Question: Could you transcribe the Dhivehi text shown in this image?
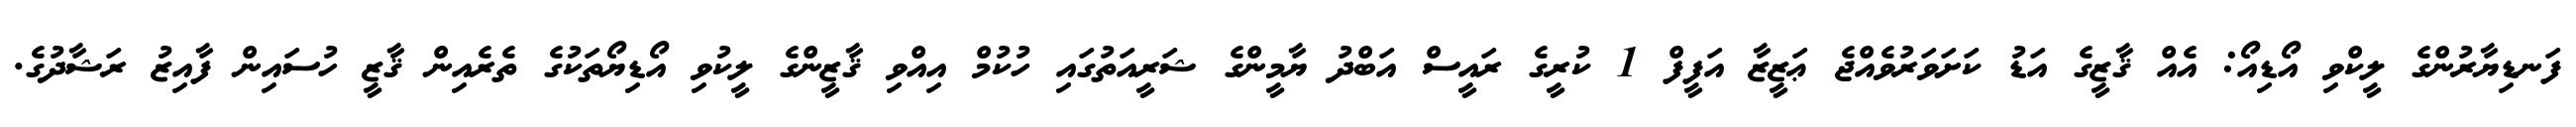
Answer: ފަނޑިޔާރުންގެ ލީކްވި އޯޑިއޯ: އެއް ޤާޒީގެ އަޑު ކަށަވަރުވެއްޖެ ޢަޒީޒާ އަފީފް 1 ކުރީގެ ރައީސް އަބްދު ޔާމީންގެ ޝަރީއަތުގައި ހުކުމް އިއްވި ޤާޒީންގެ ލީކުވި އޯޑިޔޯތަކުގެ ތެރެއިން ޤާޒީ ހުސައިން ފާއިޒު ރަޝާދުގެ.